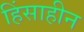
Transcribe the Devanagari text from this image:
हिंसाहीन